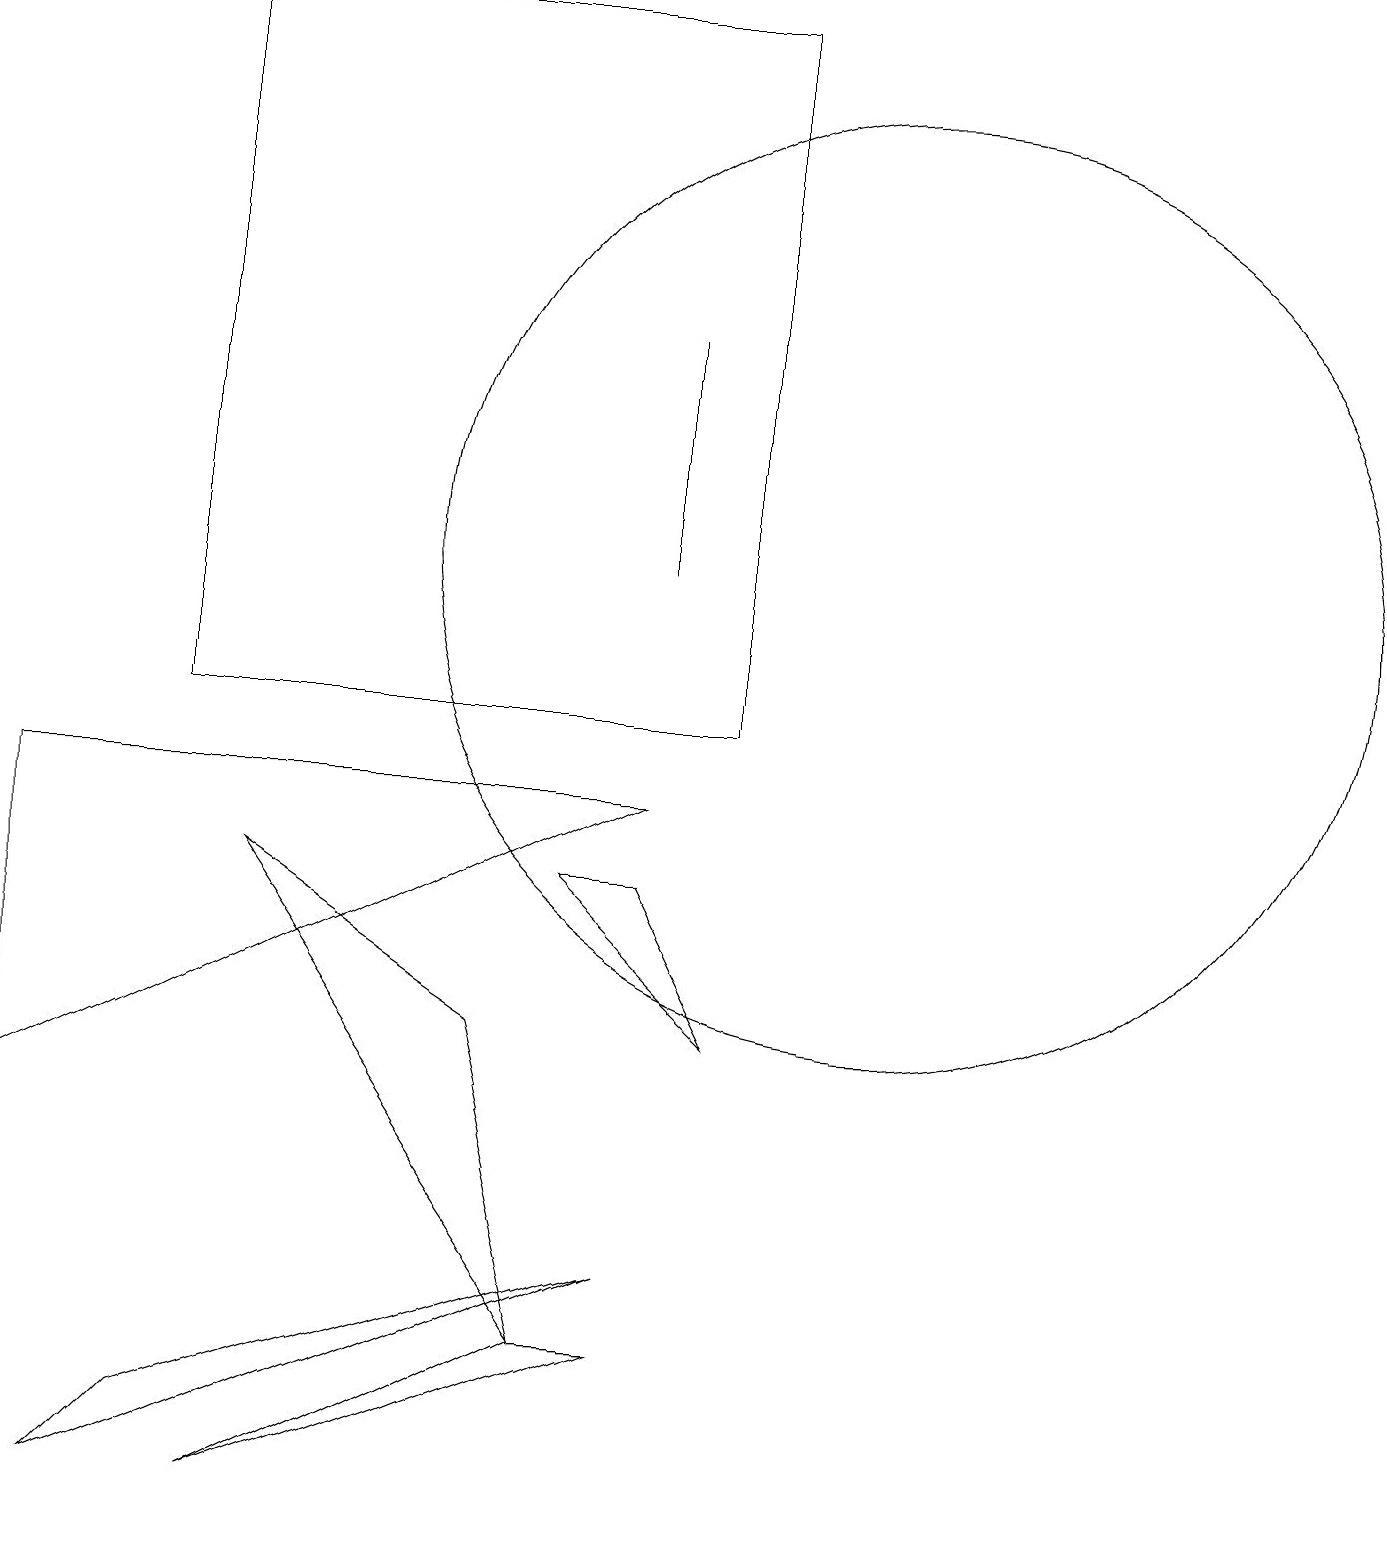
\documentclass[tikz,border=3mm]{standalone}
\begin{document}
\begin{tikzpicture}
\draw (9,6) -- (7,8) -- (8,8) -- cycle;
\draw (11,12) circle (6);
\draw (7,2) -- (3,8) -- (6,6) -- cycle;
\draw (7,2) -- (8,2) -- (3,0) -- cycle;
\draw (9,10) rectangle (2,19);
\draw (2,1) -- (8,3) -- (1,0) -- cycle;
\draw (8,12) rectangle (8,15);
\draw (0,5) -- (0,9) -- (8,9) -- cycle;
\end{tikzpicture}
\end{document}